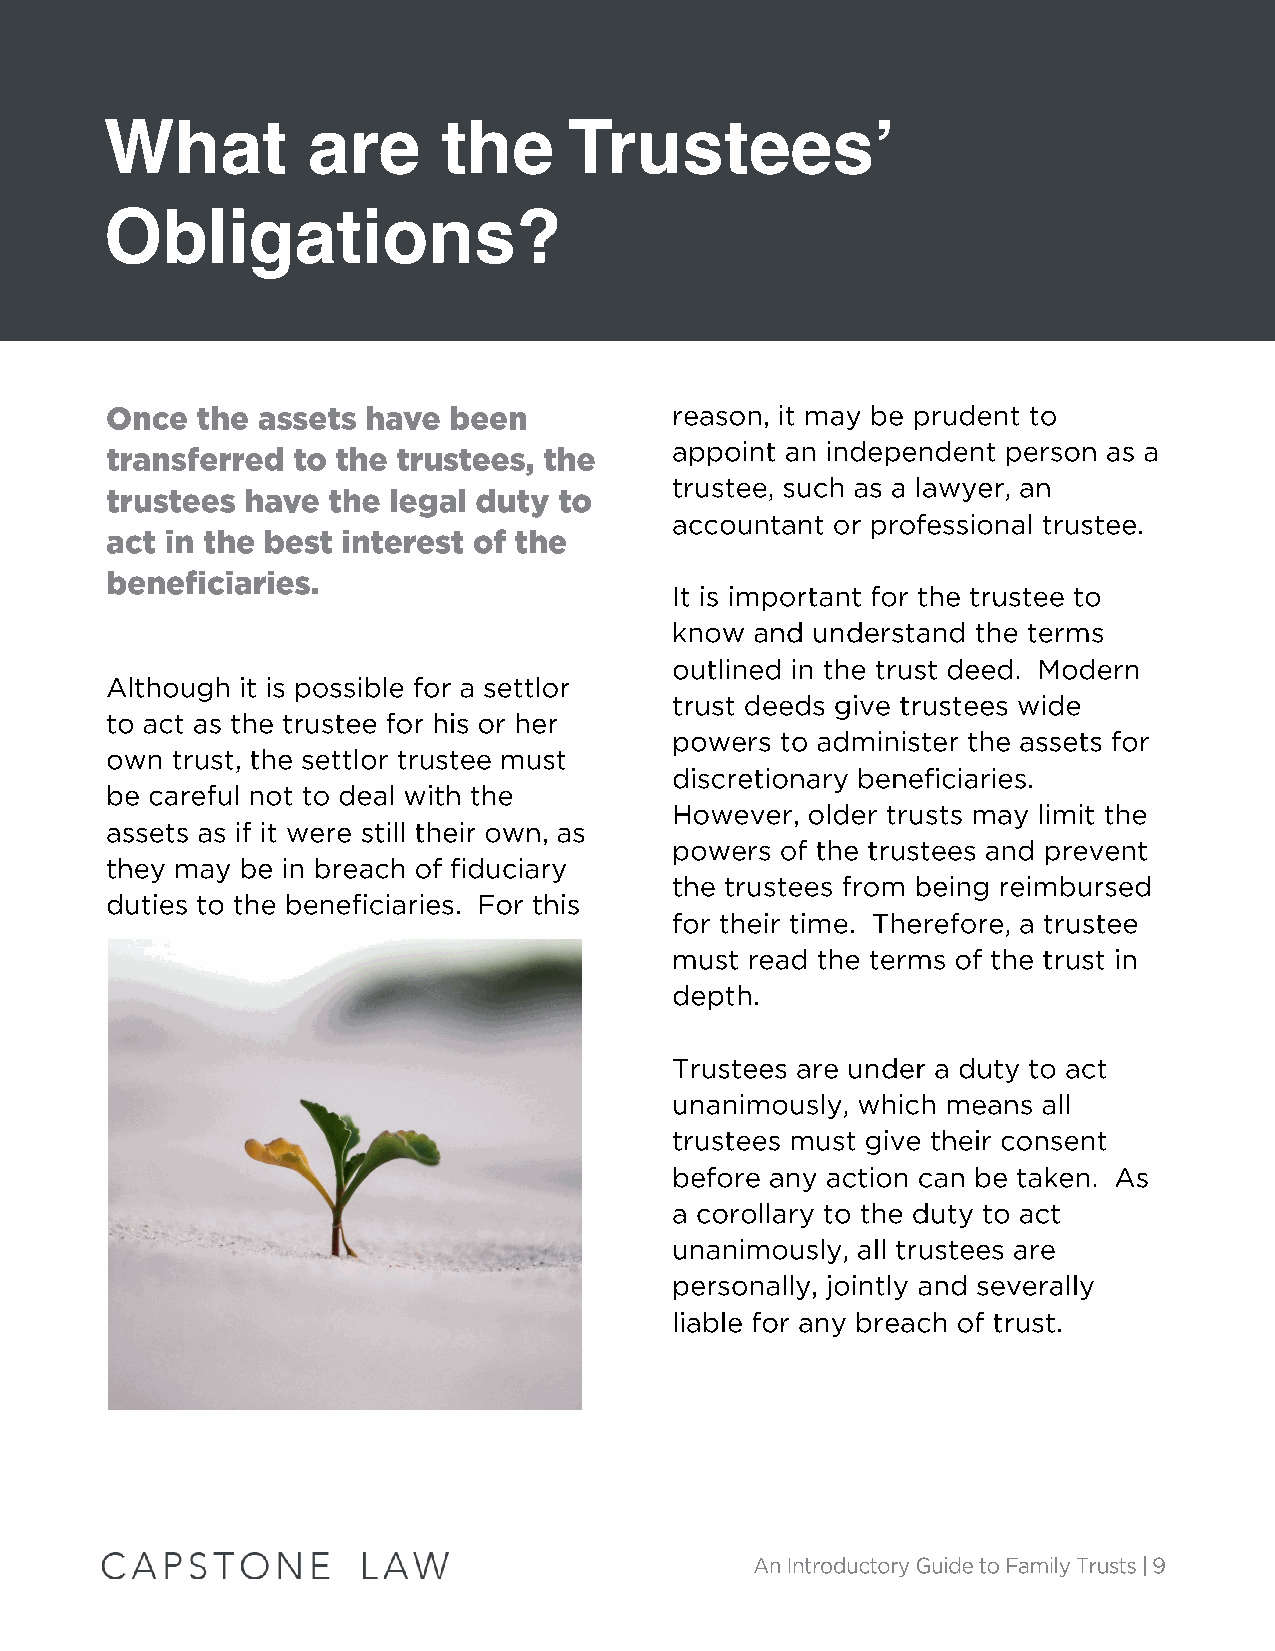
What         are      the      Trustees’
 Obligations?